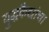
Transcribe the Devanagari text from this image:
युद्धकैद्यांचा